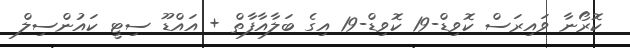
ކޮރޯނާ ވައިރަސް ކޮވިޑް-19 ކޮވިޑް-19 އިގެ ބަލާއާފާތް + އައްޑޫ ސިޓީ ކައުންސިލް